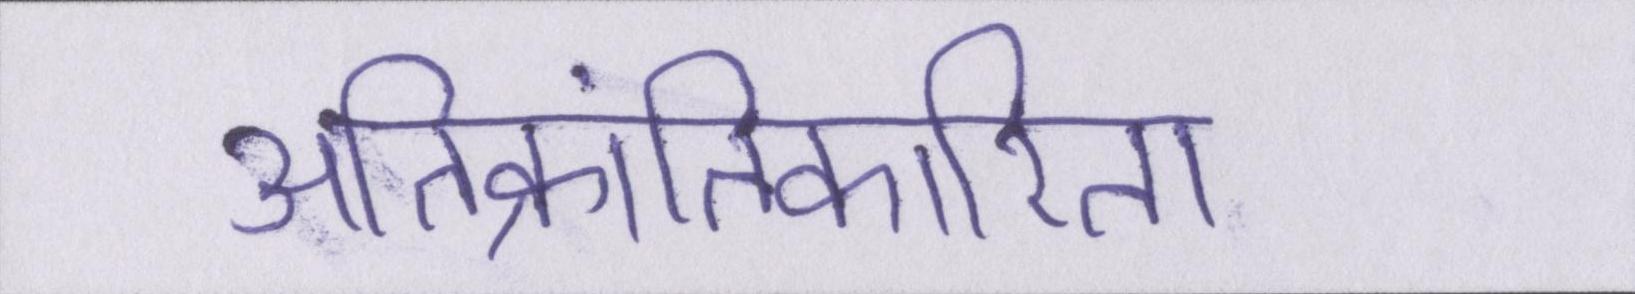
अतिक्रांतिकारिता